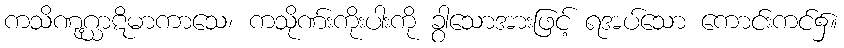
ကသိဏုဂ္ဃာဋိမာကာသေ၊ ကသိုဏ်းကိုးပါးကို ခွာသောအားဖြင့် ရအပ်သော ကောင်းကင်၌။